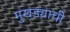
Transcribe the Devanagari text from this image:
मुखड्याची